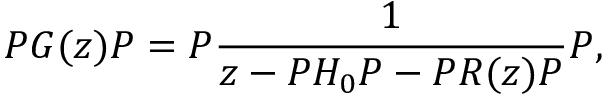
P G ( z ) P = P \frac { 1 } { z - P H _ { 0 } P - P R ( z ) P } P ,